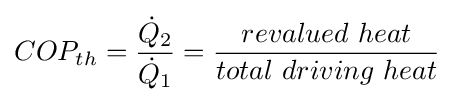
COP_{th}={\frac {{\dot {Q}}_{2}}{{\dot {Q}}_{1}}}={\frac {revalued\ heat}{total\ driving\ heat}}